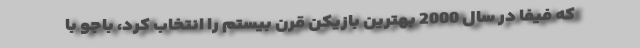
که فیفا در سال 2000 بهترین بازیکن قرن بیستم را انتخاب کرد، باجو با